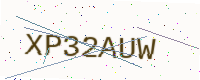
Text: XP32AUW